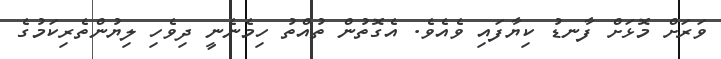
ވަރަށް މޮޅަށް ފާނޑު ކިޔާފައި ވެއެވެ. އެގޮތުން ތުއްތު ހިމެނެނީ ދިވެހި ލިޔުންތެރިކަމުގެ